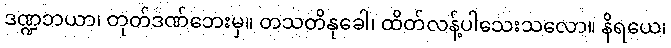
ဒဏ္ဍဘယာ၊ တုတ်ဒဏ်ဘေးမှ။ တသတိနုခေါ၊ ထိတ်လန့်ပါသေးသလော။ နိရယေ၊